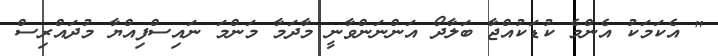
" އެކަމަކު އެންމެ ކުޑަކުއްޖާ ބަލާދޯ އަންނަންވާނީ މާދަމާ މަންމަ ނައިސްފިއްޔާ މުދައްރިސް